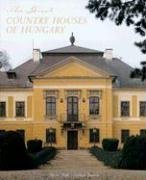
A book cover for The Great Country Houses of Hungary; Michael Pratt; Travel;